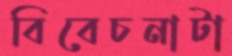
বিবেচনাটা